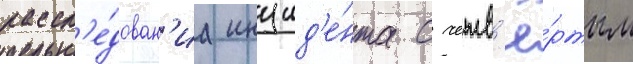
рассл'е́дован'иа инцид'е́нта с четв'ё́ртым